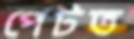
পেটত